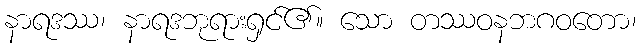
နာရဒဿ၊ နာရဒဘုရားရှင်၏။ သော တဿဝနဘဂဝတော၊